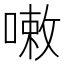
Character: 𠻳